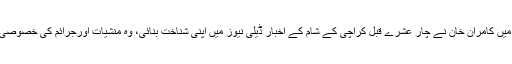
تحقیقاتی رپورٹنگ میں کامران خان نے چار عشرے قبل کراچی کے شام کے اخبار ڈیلی نیوز میں اپنی شناخت بنائی، وہ منشیات اورجرائم کی خصوصی خبریں دیتے تھے۔